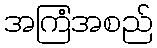
အကြံအစည်